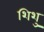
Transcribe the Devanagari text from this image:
शिशु